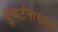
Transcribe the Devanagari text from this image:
दुघर्टनाग्रस्त